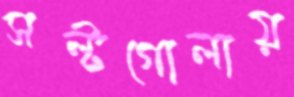
সল্টগোলায়